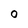
Character: O